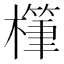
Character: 𪴅